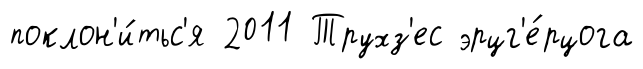
поклон'и́тьс'я 2011 Трухз'ес эрцг'е́рцога